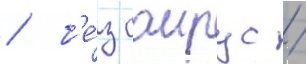
/ б'е́з саирус /